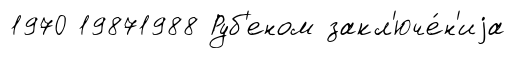
1970 19871988 Руб'еном закл'юче́н'иjа